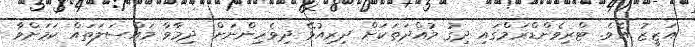
އަޒީޒު އެވެ. ޓްރިވެންޑްރަމްގައި ދިގު މުއްދަތަކަށް ދިރިއުޅޭ ދިވެހިންނަށް ދިމާވާ މައްސަލަތައް ކަމަށްވާ